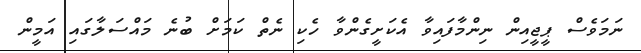
ނަމަވެސް ޕީޖީއިން ނިންމާފައިވާ އެކަށީގެންވާ ހެކި ނެތް ކަމަށް ބުނެ މައްސަލާގައި އަމީން